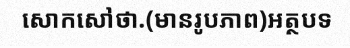
សោកសៅថា.(មានរូបភាព)អត្ថបទ